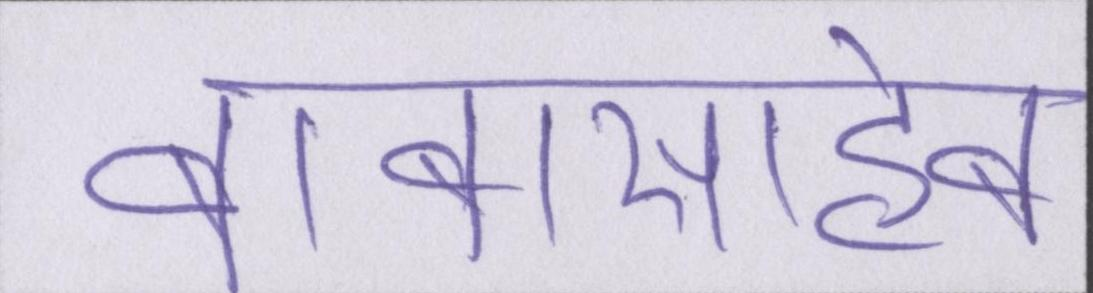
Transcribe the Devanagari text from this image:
बाबासाहेब